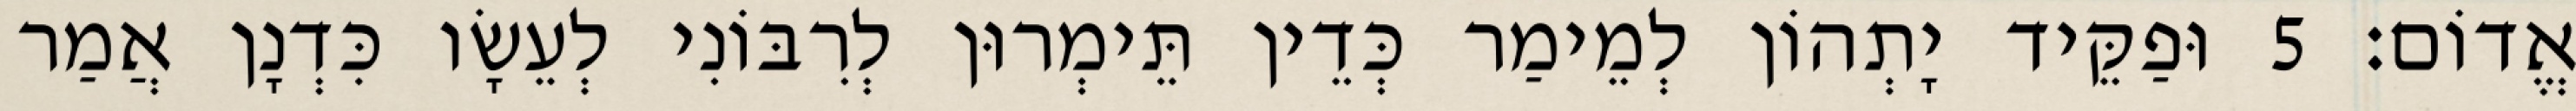
אֱדוֹם׃ 5 וּפַקֵּיד יָתְהוֹן לְמֵימַר כְּדֵין תֵּימְרוּן לְרִבּוֹנִי לְעֵשָׂו כִּדְנָן אֲמַר